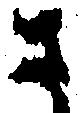
さ